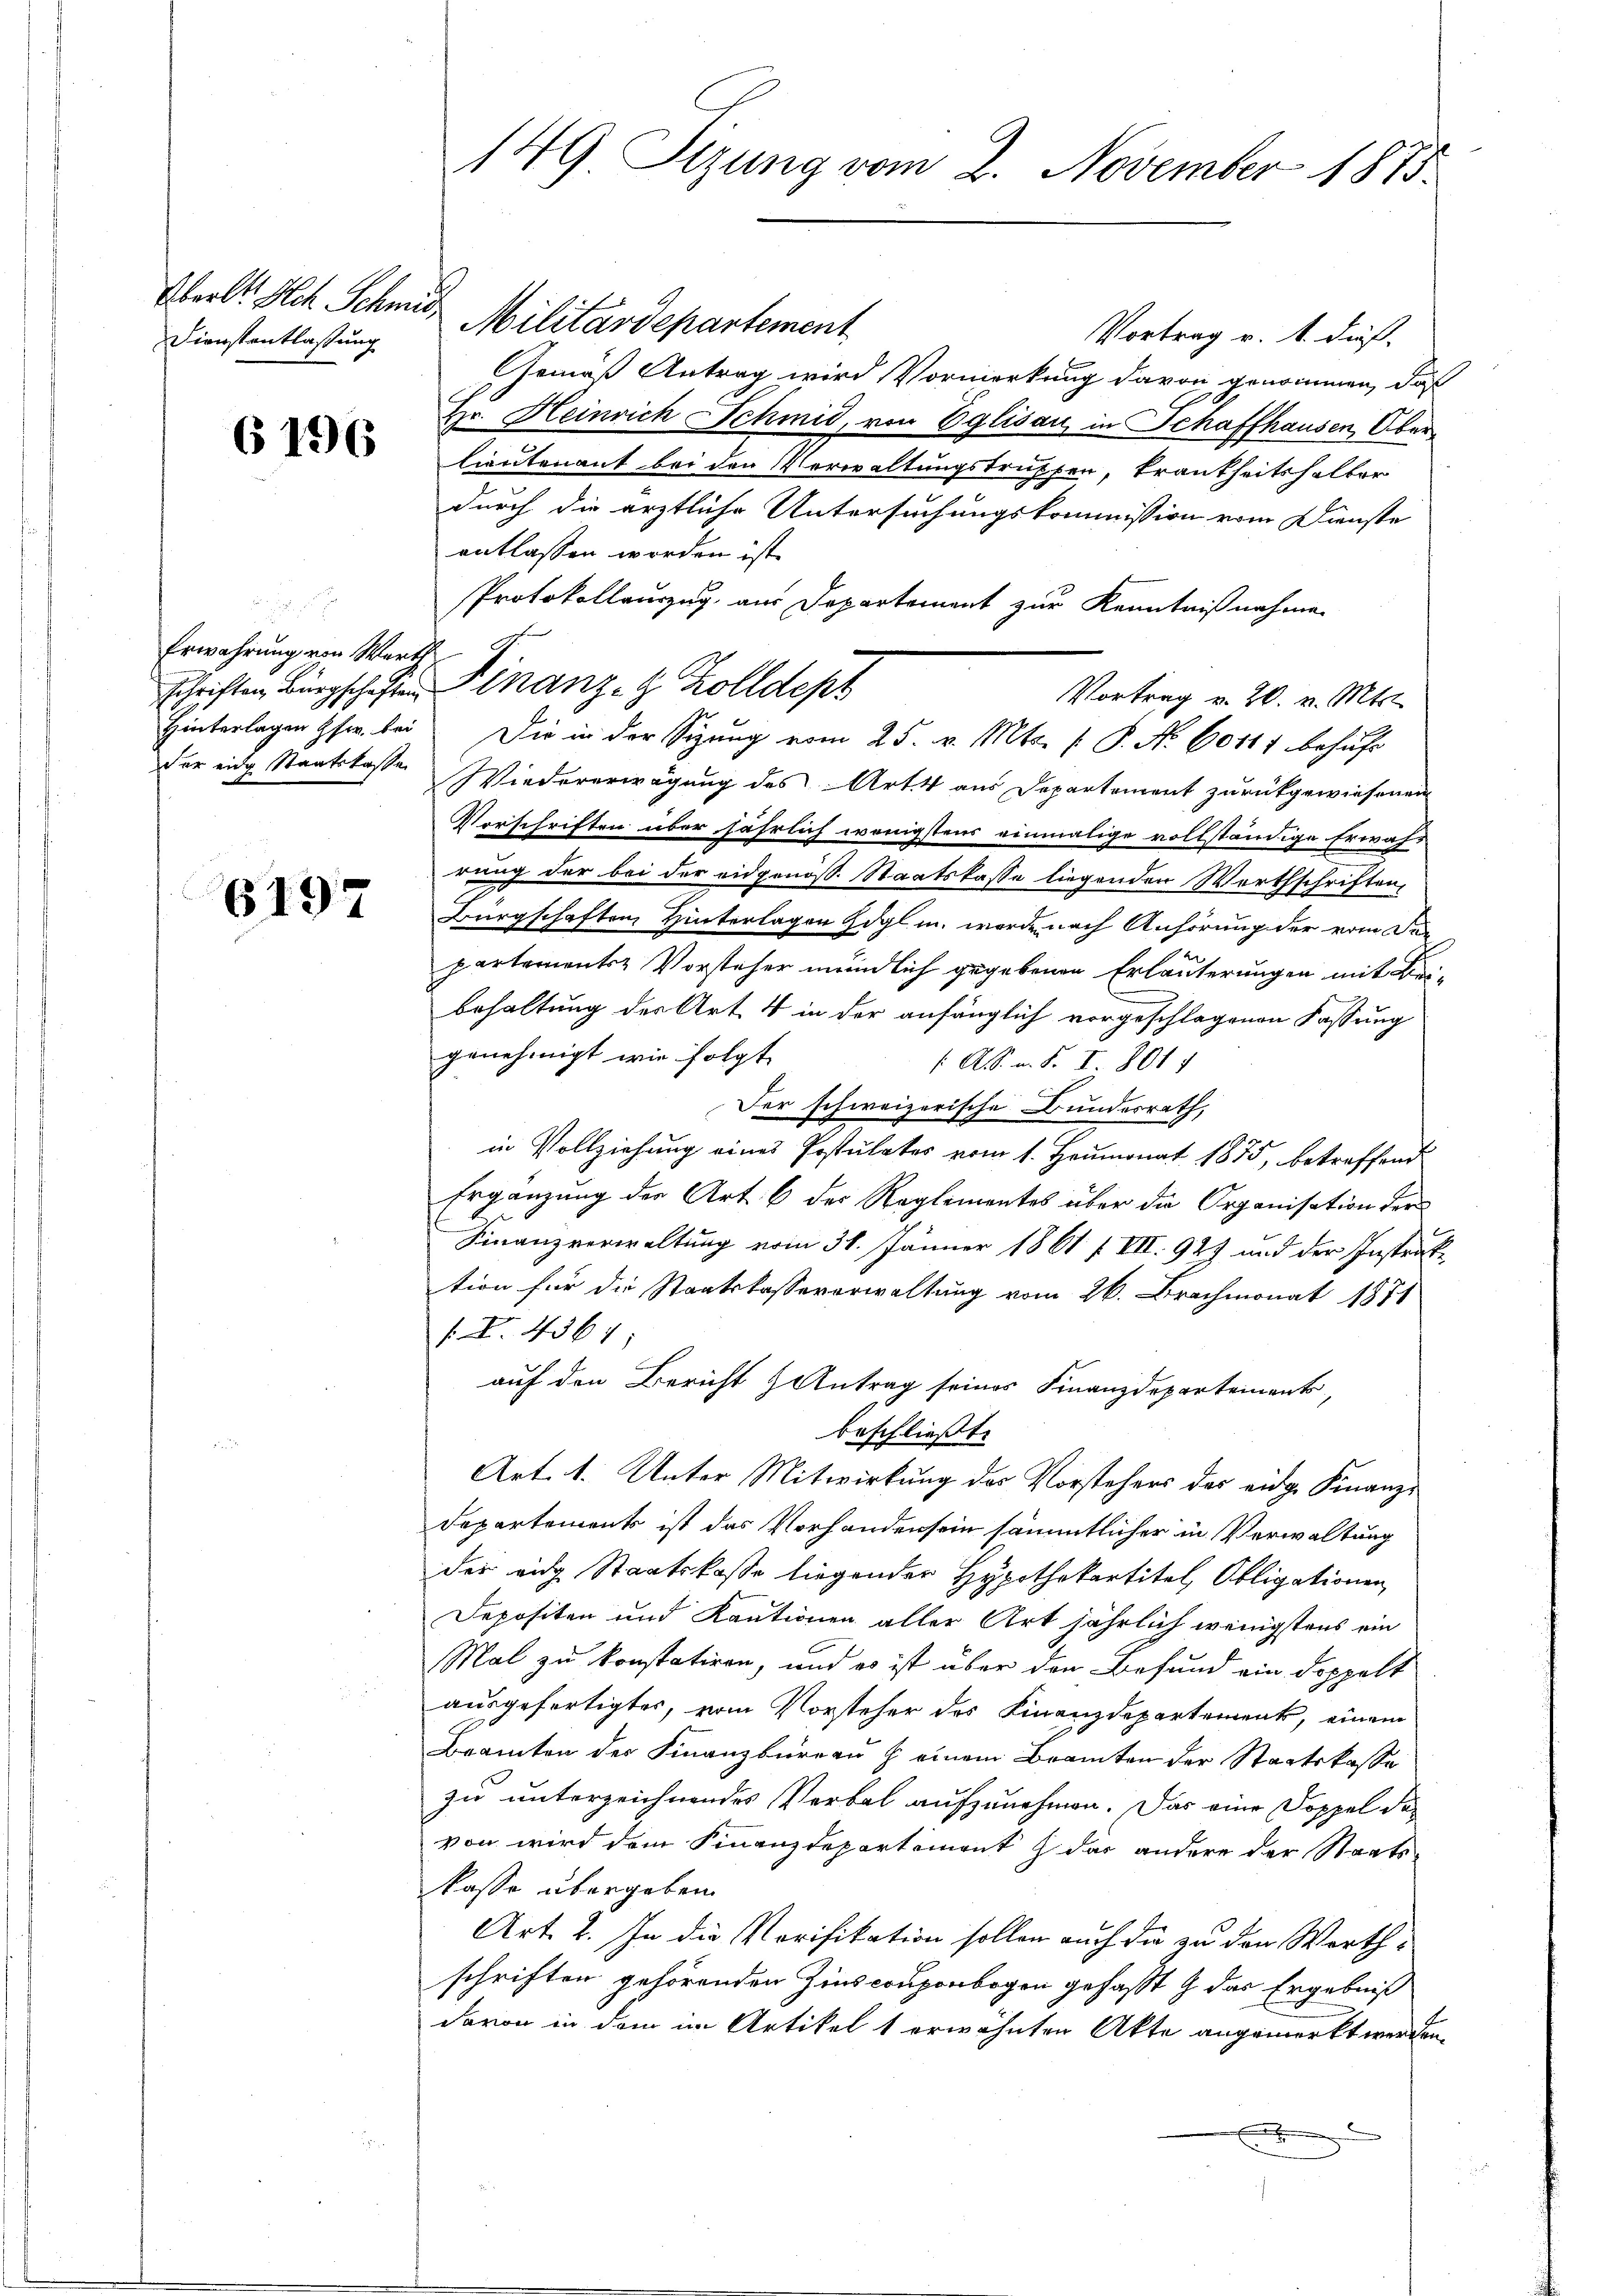
Dienstantlassung

6196

Erwährung von Wert
der eine Staatskasse

6197

149 Sizung vom 2. November 1875.

Oberlt. Ich Schmid Militärdepartement
Vortrag v. 1. dieß
Gemäß Antrag wird Vormerkung davon genommen, daß
Hr. Heinrich Schmid, von Eglisau, in Schaffhausen, Oberlieutenant bei den Verwaltungstrüpfen, krankheitshalber
durch die ärztliche Untersuchungskommission vom Dienste
entlassen worden ist.
Protokollauszug aus Departement zur Kenntnißnahme
Wiedererwägung des Art. 4 aus Departement zurückgewiesenen
Vorschriften über jährlich wenigstens einmalige vollständige Erwäh-
rung der bei der eidgenöß. Staatskasse liegenden Worthschriften
Bürgschaften Hinterlagen Zögl in werde nach Anhörung der vom De
partementsz Vorsteher meindlich gegebenen Erläuterungen mit Bei-
behaltung der Art. 4 in der anfänglich vorgeschlagenen Fassung
genehmigt wie folgt
/A. n. F. I. 801 f
Der schweizerische Bundesrath,
in Vollziehung eines Postulater vom 1. Heumonat 1875, betreffend
Ergänzŭng der Art. 6 der Reglementes über die Organisation der
Finanzverwaltung vom 31. Jänner 1861 f. VII. 929 und der Instruke
tion für die Staatskasse vorwaltung vom 26. Brachmonat 1871
1. Z. 4361;
auf den Bericht Antrag seines Finanzdepartements,
beschließt:
Art. 1. Unter Mitwirkung des Vorstehers des eidge Finanz-
Departements ist das Vorhanden sein sämmtlicher in Verwaltung
der eidg Staatskasse liegender Hypothekartitel, Obligationen
Depositen und Kautionen aller Art jährlich wenigstens ein
Mal zu konstatiren, und es ist über den Befund ein doppelt
ausgefertigter, vom Vorsteher des Finanzdepartement, einem
Beamten der Finanzbüreau § einem Beamten der Staatskasse
zu unterzeichnendes Verbal aufzunehmen. Das eine Doppel der
von wird dem Finanzdepartement das andere der Staats-
kasse übergeben.
Art. 2. In die Vorifikation sollen auch die zu den Worthschriften gehörenden Zins couponbogen gefasst & das Ergebniß
davon in dem im Artikel 1 erwähnten Akte angemerkt werden.
x

schriften Bürgschaften Finanz- 4 Zolldept

Vortrag v. 20. v. Mts.
Hinterlagen fr. bei Die in der Sigung vom 25. v. Mts. f. P. No 60117 behufs